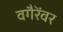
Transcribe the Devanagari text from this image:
वगैरेंवर